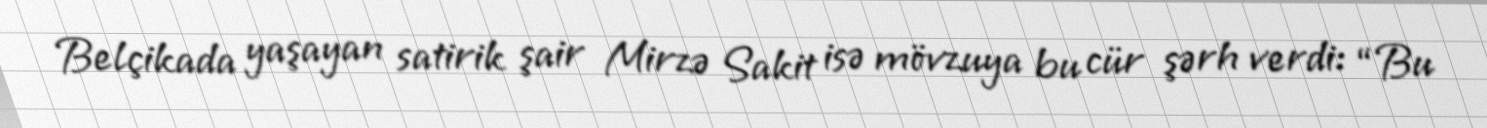
Belçikada yaşayan satirik şair Mirzə Sakit isə mövzuya bu cür şərh verdi: “Bu